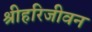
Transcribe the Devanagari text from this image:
श्रीहरिजीवन